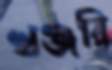
খঞ্জরি